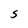
Character: S